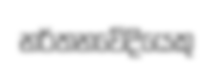
නර්තනවේදියෙකු